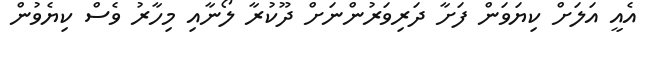
އެއީ އަލަށް ކިޔަވަން ފަށާ ދަރިވަރުންނަށް ދޫކުރާ ލޯނާއި މިހާރު ވެސް ކިޔެވުން